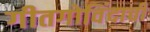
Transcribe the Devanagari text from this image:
गीतगोविंदाची